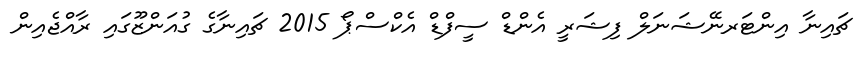
ޗައިނާ އިންޓަރނޭޝަނަލް ފިޝަރީ އެންޑް ސީފްޑް އެކްސްޕޯ 2015 ޗައިނާގެ ގުއަންޒޫގައި ރާއްޖެއިން